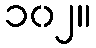
၁၀၂။